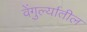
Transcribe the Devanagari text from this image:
वेंगुर्ल्यातील